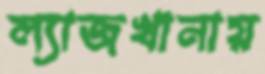
ল্যাজখানায়